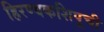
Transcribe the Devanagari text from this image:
हिरण्यकशिपूची